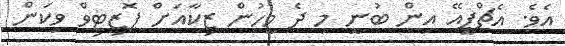
އެވެ. އެޗްޕީއޭ އިން ބުނީ މި ދެ މީހުން ޒިކާއަށް ޕޮޒިޓިވް ވިކަން